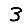
Digit: 3